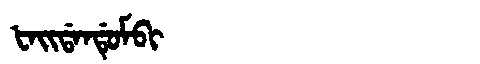
Manchu: ᡶᠠᡳᡩᠠᠨᡩᡠᠮᠪᡳ
Romanization: FAIDANDUMBI